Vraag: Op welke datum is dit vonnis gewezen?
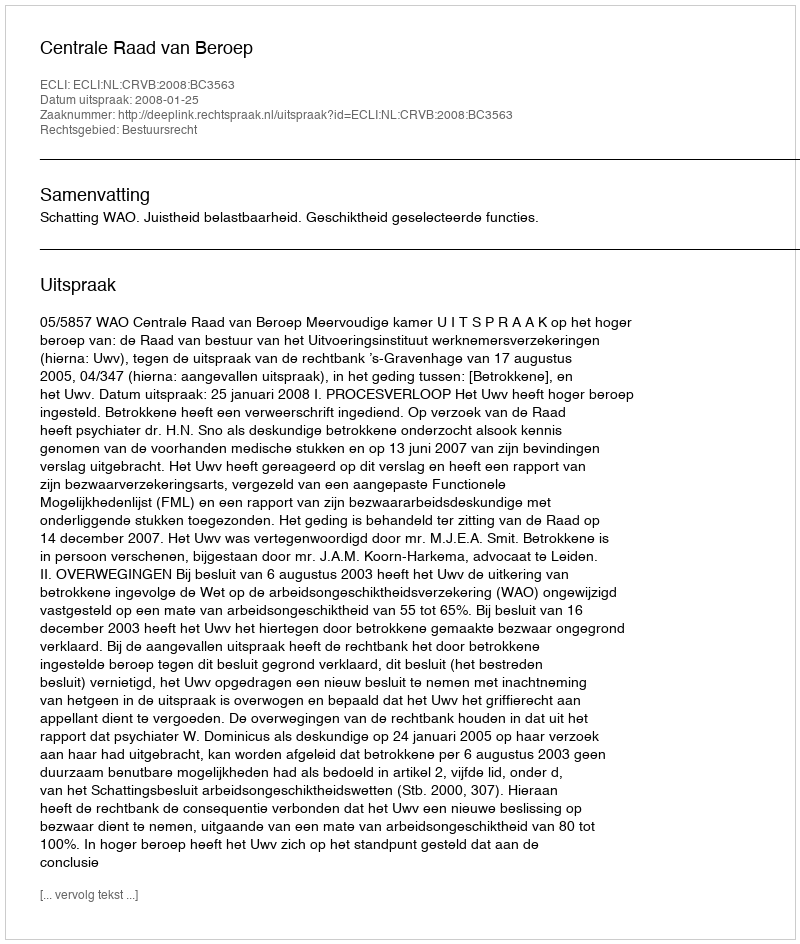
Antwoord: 2008-01-25